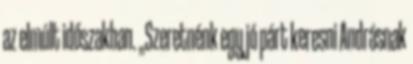
az elmúlt időszakban. „Szeretnénk egy jó párt keresni Andrásnak